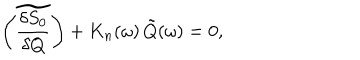
\left( \widetilde { \frac { \delta S _ { 0 } } { \delta Q } } \right) + K _ { n } ( \omega ) \, \tilde { Q } ( \omega ) = 0 ,